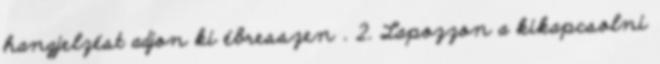
hangjelzést adjon ki ébresszen . 2. Lapozzon a kikapcsolni